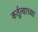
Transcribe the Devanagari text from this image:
कर्तुत्वाच्या